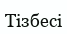
Тізбесі